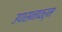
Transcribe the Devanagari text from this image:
उपासनावर्म